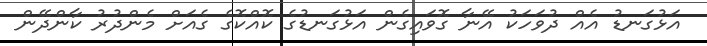
އަޅުގަނޑު އެއް ދުވަހަކު އޭނާ ގޮވައިގެން އަޅުގަނޑުގެ ކޮއްކޮގެ ގެއަށް މެންދުރު ކާންދޭން